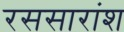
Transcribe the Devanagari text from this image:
रससारांश